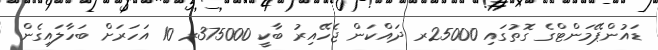
ޑައުންޕޭމަންޓްގެ ގޮތުގައި 25000ރ ދައްކަން ޖެހޭއިރު ބާކީ 375000ރ 10 އަހަރަށް ބަހާލައިގެން